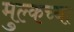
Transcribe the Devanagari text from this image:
मुल्कच्या